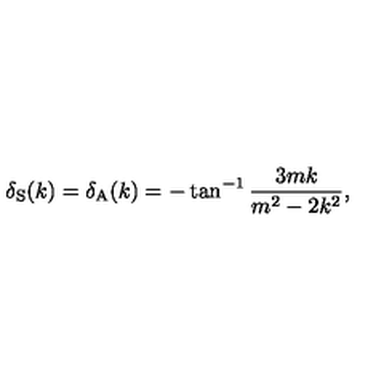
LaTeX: \delta _ { \mathrm { S } } ( k ) = \delta _ { \mathrm { A } } ( k ) = - \tan ^ { - 1 } \frac { 3 m k } { m ^ { 2 } - 2 k ^ { 2 } } ,